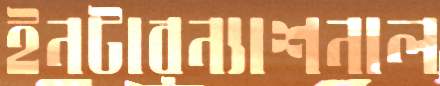
ইনটারন্যাশনাল